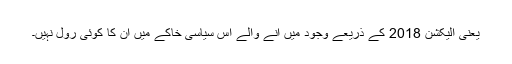
یعنی الیکشن 2018 کے ذریعے وجود میں آنے والے اِس سیاسی خاکے میں ان کا کوئی رول نہیں۔